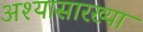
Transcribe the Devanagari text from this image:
अश्यासारख्या